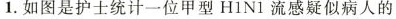
1.如图是护士统计一位甲型H1N1流感疑似病人的